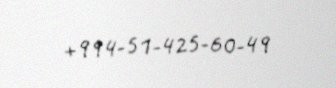
+994-51-425-60-49